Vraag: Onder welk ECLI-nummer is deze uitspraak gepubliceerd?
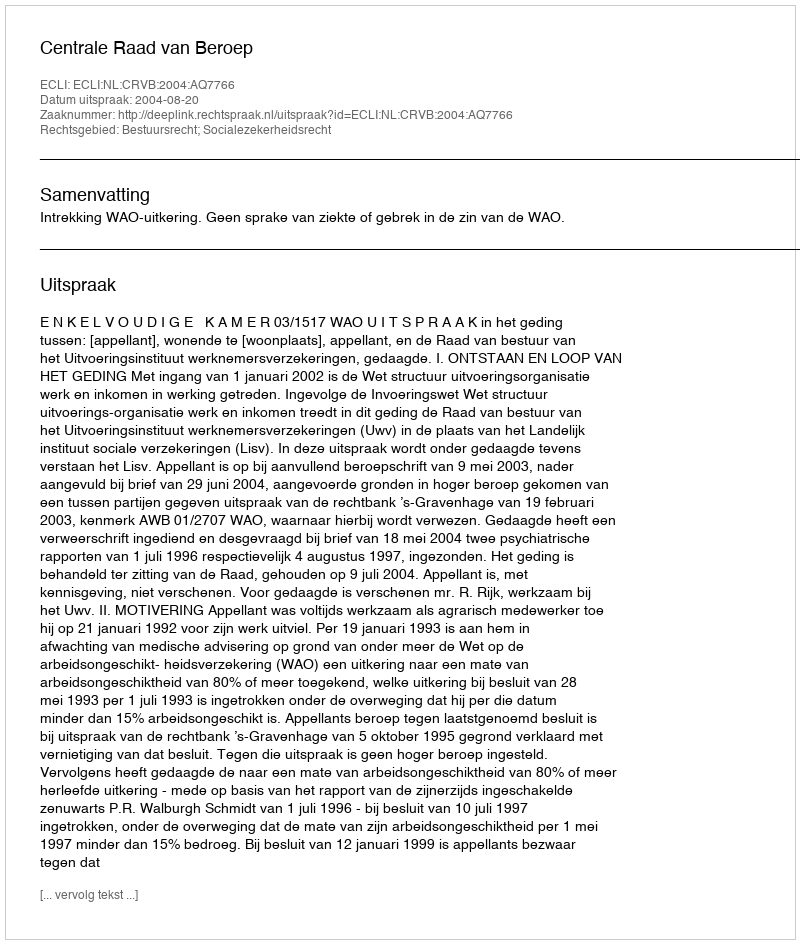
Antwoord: ECLI:NL:CRVB:2004:AQ7766